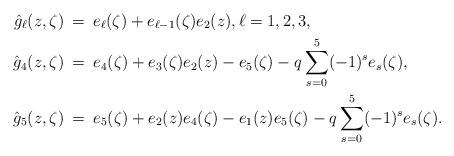
LaTeX: \begin{align*}\hat{g}_{\ell} (z,\zeta) &\:=\: e_\ell(\zeta) + e_{\ell-1}(\zeta) e_2(z),\ell = 1, 2, 3, \\\hat{g}_4(z,\zeta) &\:=\: e_4(\zeta) + e_3(\zeta) e_2 (z) - e_5(\zeta) - q \sum_{s=0}^5 (-1)^s e_s(\zeta), \\\hat{g}_5(z,\zeta) &\:=\: e_5(\zeta) + e_2(z)e_4(\zeta) - e_1(z) e_5(\zeta) - q \sum_{s=0}^5 (-1)^s e_s(\zeta).\end{align*}